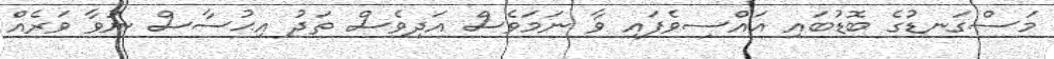
މަސްގަނޑުގެ ބޮޑުބައި އައްސިވެފައި ވާ ނަމަވެސް އަދިވެސް ތަދު އިޙުސާސް ނުވާ ވަރެއް